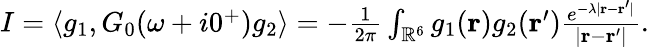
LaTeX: \begin{array}{r}{I=\langle g_{1},G_{0}(\omega+i0^{+})g_{2}\rangle=-\frac 1{2\pi}\int_{\mathbb R^{6}}g_{1}(\mathbf r)g_{2}(\mathbf r^{\prime})\frac{e^{-\lambda|\mathbf r-\mathbf r^{\prime}|}}{|\mathbf r-\mathbf r^{\prime}|}.}\end{array}